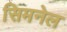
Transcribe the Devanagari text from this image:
सिमनेल